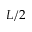
L / 2